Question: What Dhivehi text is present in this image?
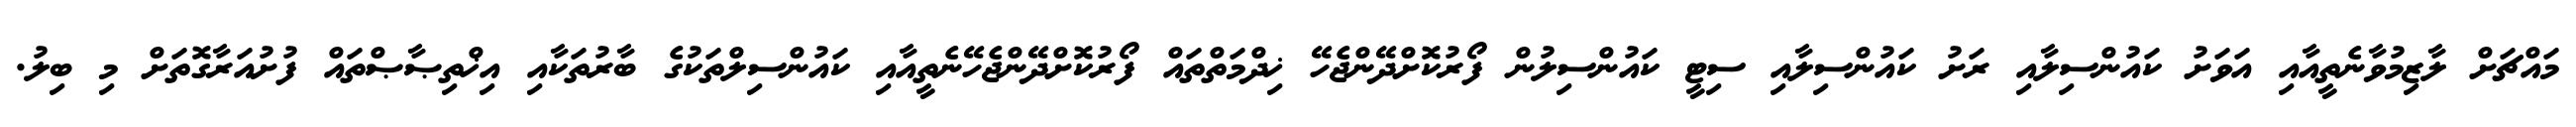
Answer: މައްޗަށް ލާޒިމުވާނެތީއާއި އަވަށު ކައުންސިލާއި ރަށު ކައުންސިލާއި ސިޓީ ކައުންސިލުން ފޯރުކޮށްދޭންޖެހޭ ޚިދްމަތްތައް ފޯރުކޮށްދޭންޖެހޭނެތީއާއި ކައުންސިލްތަކުގެ ބާރުތަކާއި އިޚްތިޞާޞްތައް ފުށުއަރާގޮތަށް މި ބިލު.